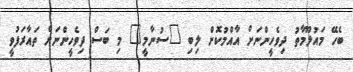
ބެހޭ މައުލޫމާތު ދިވެހީންނަށް އާއްމުކޮށް ލިބި "ސުނާމީ" މި ބަސް ދިވެހީންނަށް ތައާރަފުވީ